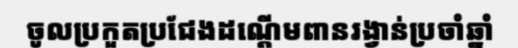
ចូលប្រកួតប្រជែងដណ្តើមពានរង្វាន់ប្រចាំឆ្នាំ